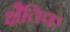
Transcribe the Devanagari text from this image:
क्षैतिक